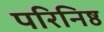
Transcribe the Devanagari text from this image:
परिनिष्ठ